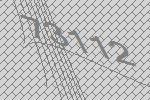
73112